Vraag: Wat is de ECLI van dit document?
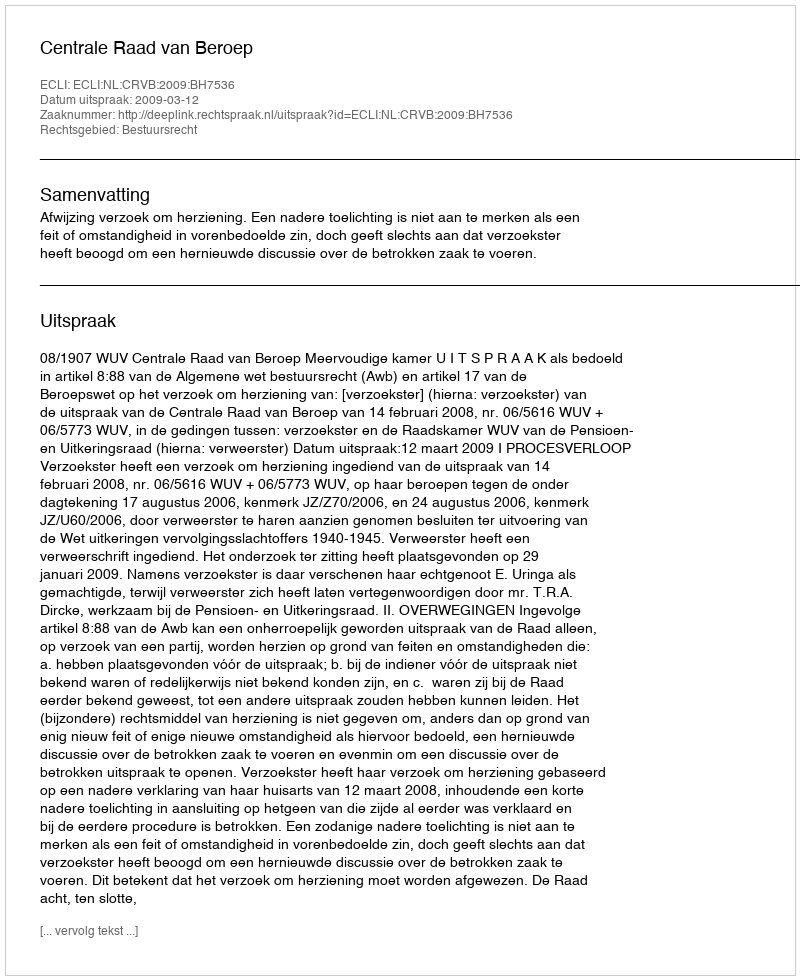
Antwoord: ECLI:NL:CRVB:2009:BH7536